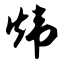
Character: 炜